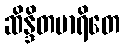
ဆိန္ဒိတမာရိတေ